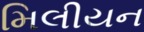
મિલીયન